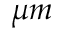
\mu m